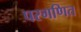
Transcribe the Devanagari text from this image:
परगणित